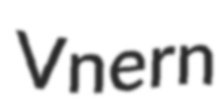
Vnern